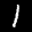
Label: 1